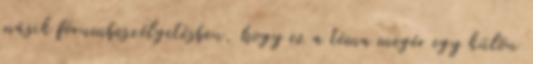
másik fórumbeszélgetésben, hogy ez a téma megér egy külön